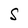
Character: S